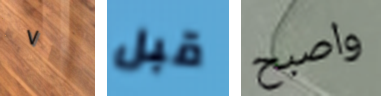
٧ قبل واصبح